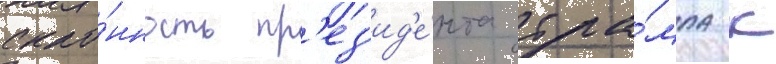
скло́нность пр'ез'ид'е́нта тра́мпа к